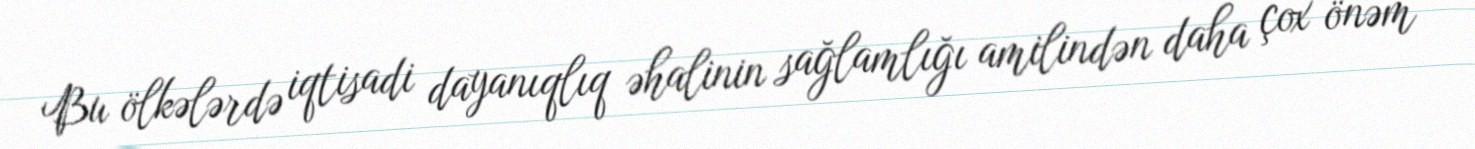
Bu ölkələrdə iqtisadi dayanıqlıq əhalinin sağlamlığı amilindən daha çox önəm